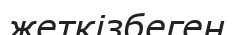
жеткізбеген